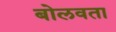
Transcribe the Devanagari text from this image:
बोलवता